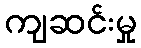
ကျဆင်းမှု